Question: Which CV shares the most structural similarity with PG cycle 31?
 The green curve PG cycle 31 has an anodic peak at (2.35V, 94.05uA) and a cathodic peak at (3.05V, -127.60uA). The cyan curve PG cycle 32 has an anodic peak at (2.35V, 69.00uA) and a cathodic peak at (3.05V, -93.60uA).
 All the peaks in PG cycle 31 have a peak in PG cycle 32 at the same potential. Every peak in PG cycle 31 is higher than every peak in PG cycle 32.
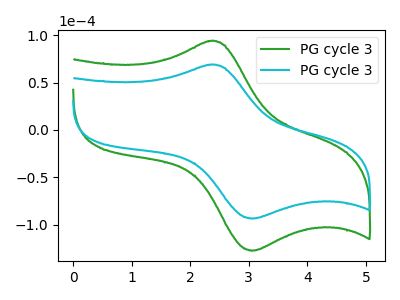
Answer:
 <answer>The CV with the most similar shape to "PG cycle 32" is "PG cycle 31".</answer>
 <eval>"PG cycle 31"</eval>